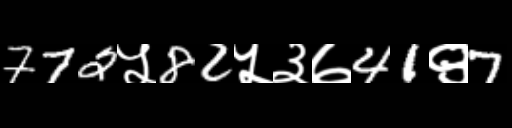
Text: 772५82५३७41९7